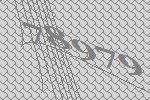
78979